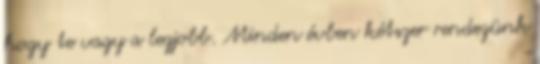
hogy te vagy a legjobb. Minden évben kétszer rendezünk